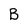
Character: B